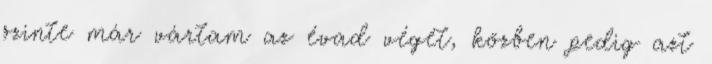
szinte már vártam az évad végét, közben pedig azt